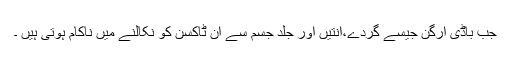
جب باڈی آرگن جیسے گردے،آنتیں اور جلد جسم سے ان ٹاکسن کو نکالنے میں ناکام ہوتی ہیں ۔